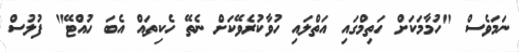
ނަމަވެސް "ހުމާމަކަށް ހަތިމްގައި އަތްލައި ހުވާކުރެވޭކަށް ނެތޭ ހެކިތައް އެބަ ހުއްޓޭ" ފުލުސް